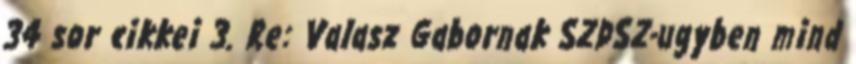
34 sor cikkei 3. Re: Valasz Gabornak SZDSZ-ugyben mind